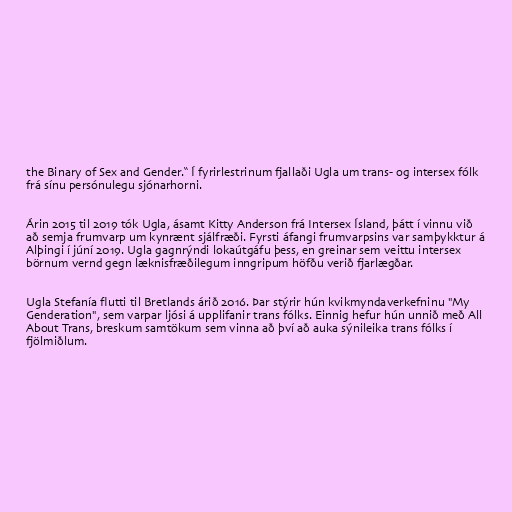
the Binary of Sex and Gender.“ Í fyrirlestrinum fjallaði Ugla um trans- og intersex fólk
frá sínu persónulegu sjónarhorni.

Árin 2015 til 2019 tók Ugla, ásamt Kitty Anderson frá Intersex Ísland, þátt í vinnu við
að semja frumvarp um kynrænt sjálfræði. Fyrsti áfangi frumvarpsins var samþykktur á
Alþingi í júní 2019. Ugla gagnrýndi lokaútgáfu þess, en greinar sem veittu intersex
börnum vernd gegn læknisfræðilegum inngripum höfðu verið fjarlægðar.

Ugla Stefanía flutti til Bretlands árið 2016. Þar stýrir hún kvikmyndaverkefninu "My
Genderation", sem varpar ljósi á upplifanir trans fólks. Einnig hefur hún unnið með All
About Trans, breskum samtökum sem vinna að því að auka sýnileika trans fólks í
fjölmiðlum.